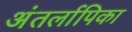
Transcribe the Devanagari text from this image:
अंतर्लापिका